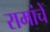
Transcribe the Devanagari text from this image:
रामांचे